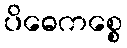
ပိဓေကစ္စေ